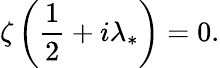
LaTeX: \zeta\left(\frac 12+i\lambda_{*}\right)=0.